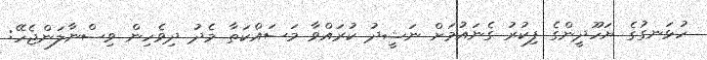
ހުޅަނގުގެ ޔަހޫދީންގެ ފިކުރު ގެނައުމަށް ނަޝީދު ކުރައްވާ މަސައްކަތާ މެދު ދިވެހިން ވިސްނާލަންޖެހޭ: